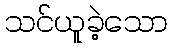
သင်ယူခဲ့သော